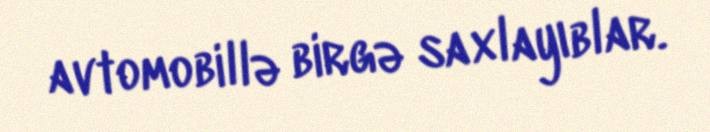
avtomobillə birgə saxlayıblar.